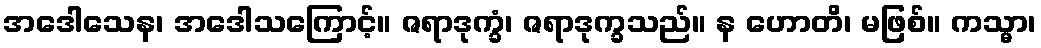
အဒေါသေန၊ အဒေါသကြောင့်။ ဇရာဒုက္ခံ၊ ဇရာဒုက္ခသည်။ န ဟောတိ၊ မဖြစ်။ ကသ္မာ၊